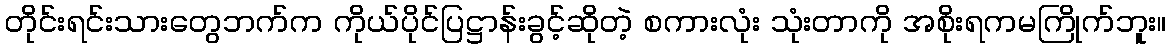
တိုင်းရင်းသားတွေဘက်က ကိုယ်ပိုင်ပြဋ္ဌာန်းခွင့်ဆိုတဲ့ စကားလုံး သုံးတာကို အစိုးရကမကြိုက်ဘူး။